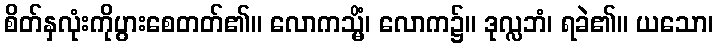
စိတ်နှလုံးကိုပွားစေတတ်၏။ လောကသ္မိံ၊ လောက၌။ ဒုလ္လဘံ၊ ရခဲ၏။ ယသော၊